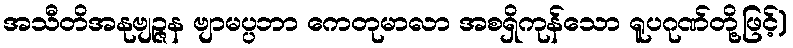
အသီတိအနုဗျဉ္ဇန ဗျာမပ္ပဘာ ကေတုမာလာ အစရှိကုန်သော ရူပဂုဏ်တို့ဖြင့်)